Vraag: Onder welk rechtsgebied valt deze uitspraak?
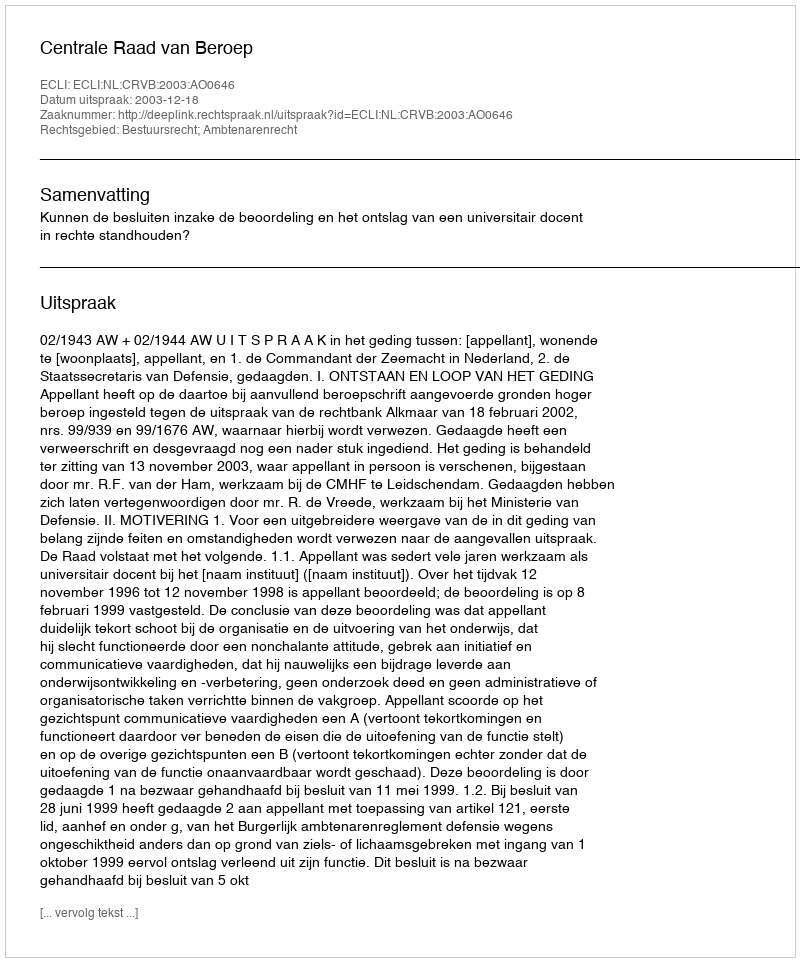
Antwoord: Bestuursrecht; Ambtenarenrecht